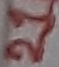
Text: 21